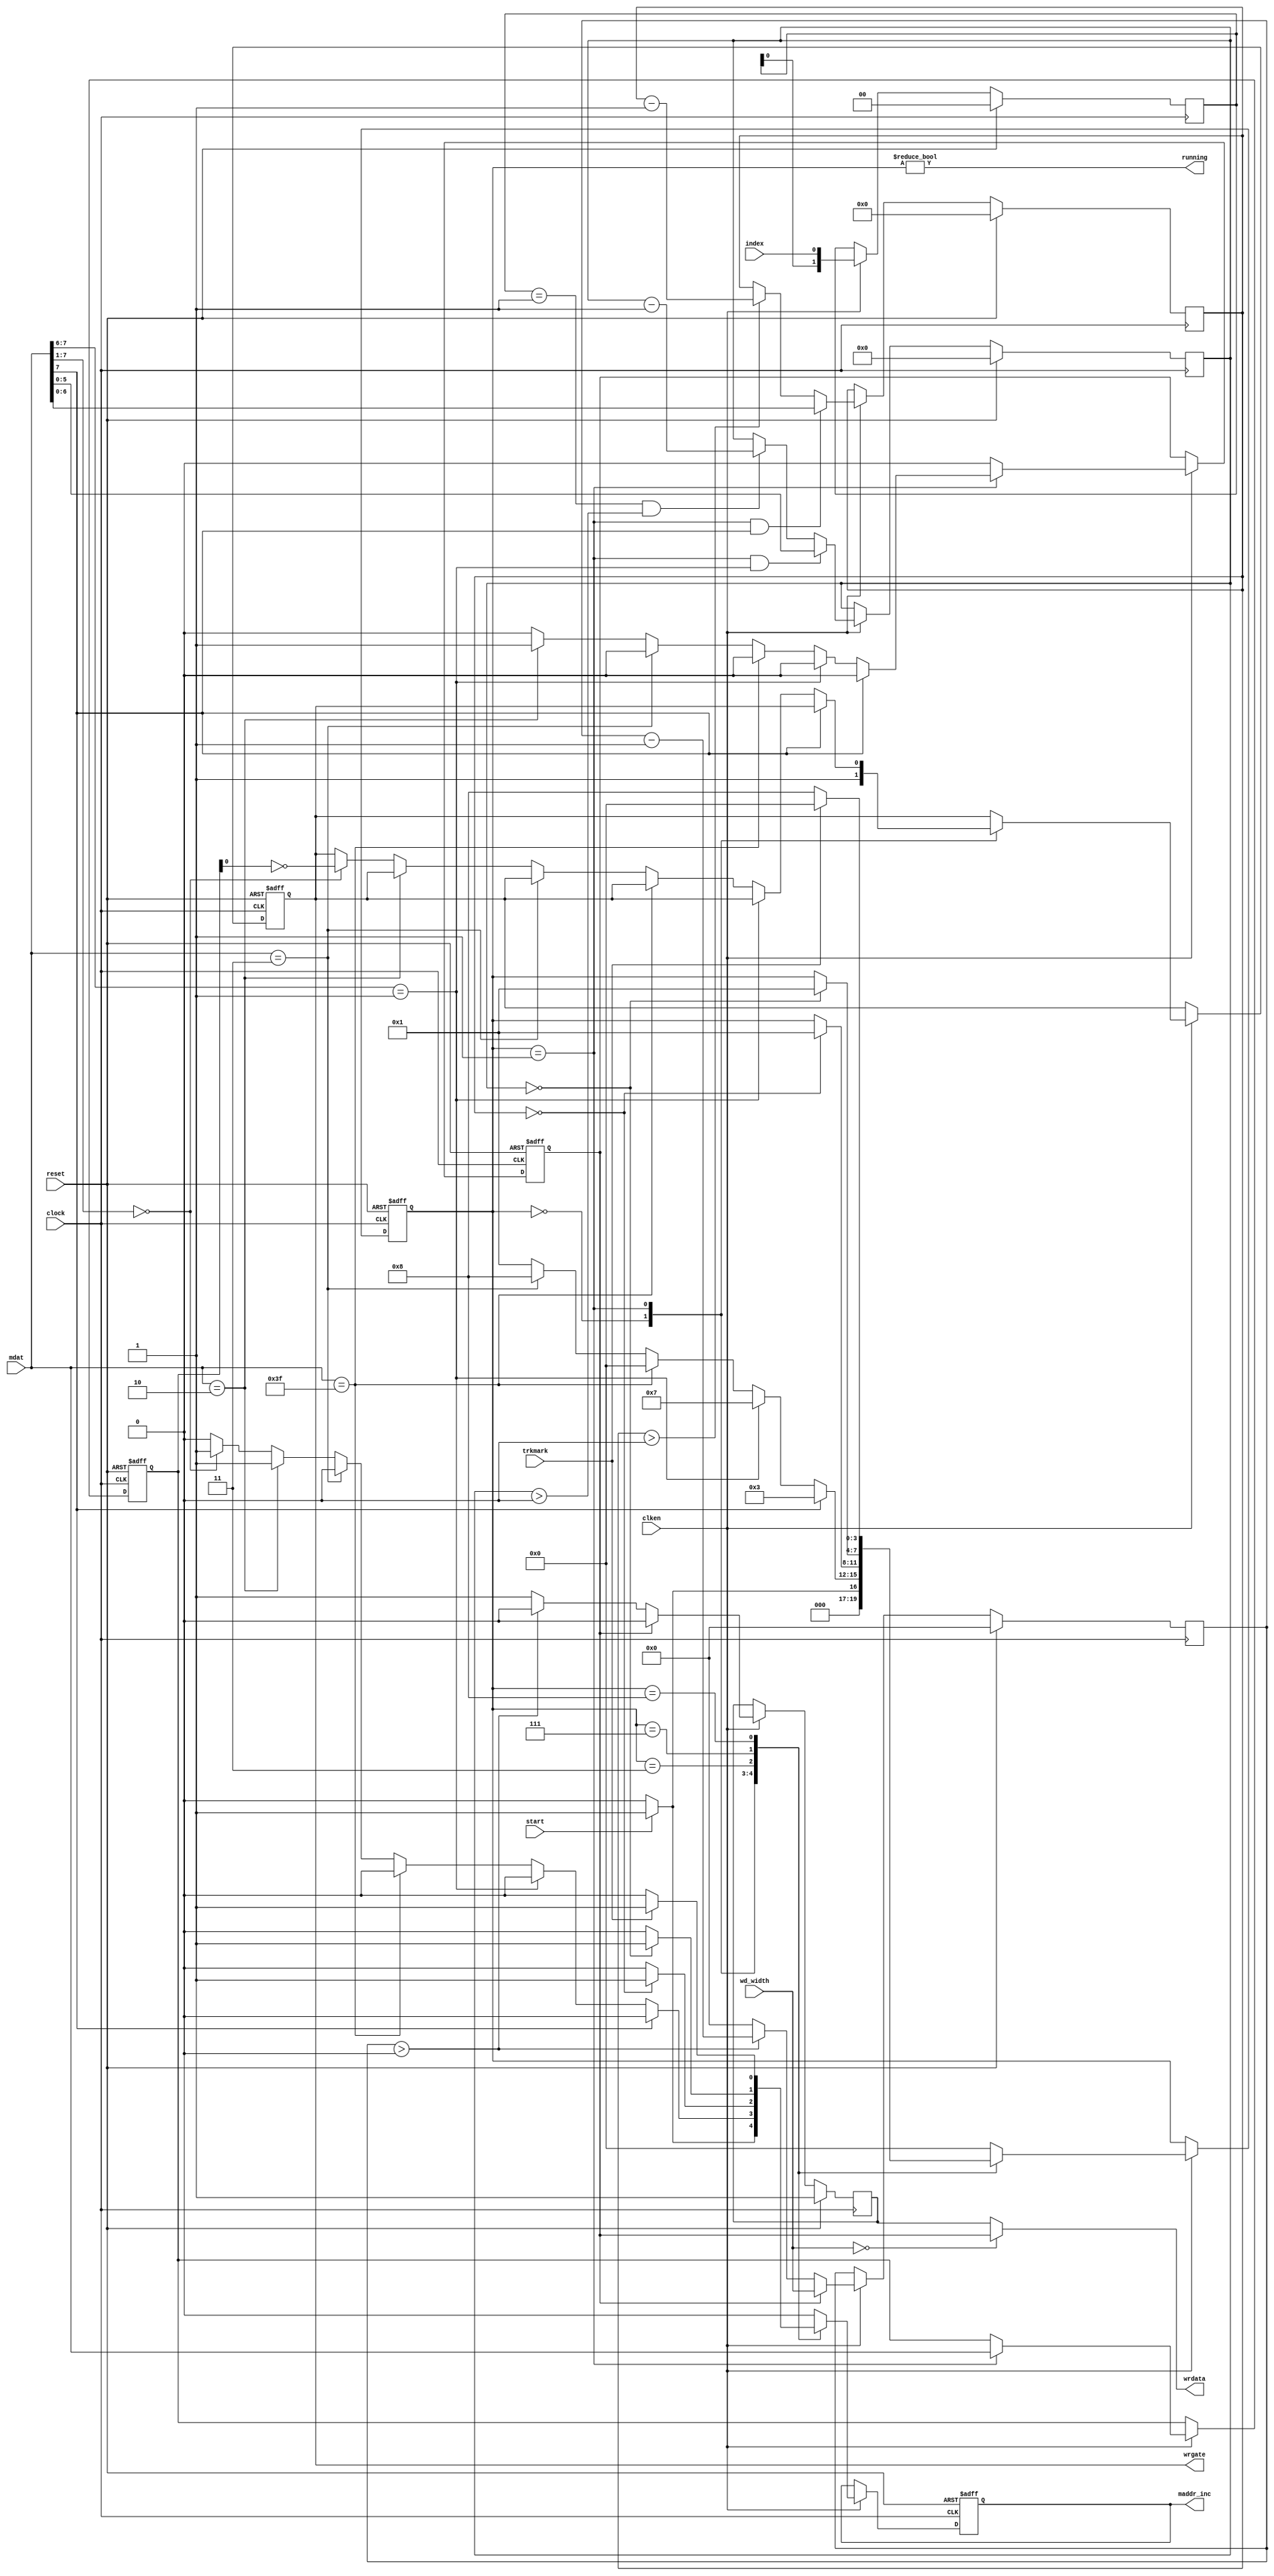
module DiscWriter(reset, clock, clken, mdat, maddr_inc, wrdata, wrgate, trkmark, index, start, running, wd_width);
	input							reset;		// state machine reset
	input							clock;		// master state machine clock
	input							clken;		// master state machine clock enable
	input				[7:0]		mdat;			// memory data in
	output	reg				maddr_inc;	// memory address increment
	output						wrdata;		// write data
	output	reg				wrgate;		// write gate
	input							trkmark;		// track mark detect input
	input							index;		// index pulse detect input
	input							start;		// START WRITE input
	output						running;		// write engine running
	input				[7:0]		wd_width;	// write data pulse width

	// write data input to pulse stretcher
	reg	wrdat_r;

	// current machine state
	reg	[3:0]	state;
	
	// latched copy of current instruction byte
	reg	[7:0]	cur_instr;
	
	// machine states
	parameter	ST_IDLE			=	4'd0;		// Idle state
	parameter	ST_LOOP			=	4'd1;		// Main loop
	parameter	ST_TIMERWAIT	=	4'd3;		// Timer wait
	parameter	ST_INDEXWAIT	=	4'd7;		// Wait for index pulse (#2)
	parameter	ST_WAITHSTM		=	4'd8;		// Wait for track mark

	// state machine logic
	always @(posedge clock or posedge reset) begin
		if (reset) begin
			// Reset pulse -- clear internal state
			state <= ST_IDLE;
			wrgate <= 1'b1;
			wrdat_r <= 1'b0;
			maddr_inc <= 1'b0;
			cur_instr <= 8'b0111_1111;		// STOP
		end else begin
			if (clken) begin
				// Clear any active write-data pulses or memory increments
				wrdat_r <= 1'b0;
				maddr_inc <= 1'b0;
				
				case (state)
					ST_IDLE:	begin
									// IDLE: State machine idle

									// Terminate write data pulse
									wrdat_r <= 1'b0;
									wrgate <= 1'b1;

									// stay in current state unless START=1
									if (start) begin
										// Start requested -- increment memory address and advance to the processing loop
										maddr_inc <= 1'b1;
										state <= ST_LOOP;
									end else begin
										state <= ST_IDLE;
									end
								end

					ST_LOOP: begin
									// LOOP: Main state machine loop
									
									// Latch current instruction
									cur_instr <= mdat;
									
									if (mdat[7] == 1'b1) begin
										// 0b1nnn_nnnn: TIMER LOAD n
										state <= ST_TIMERWAIT;
									end else
									if (mdat[7:6] == 2'b01) begin
										// 0b01nn_nnnn: WAIT n INDEX PULSES
										state <= ST_INDEXWAIT;
									end else
									if (mdat == 8'b0011_1111) begin
										// 0b0011_1111: STOP
										state <= ST_IDLE;
									end else
									if (mdat == 8'b0000_0011) begin
										// 0b0000_0011: WAIT HSTMD
										state <= ST_WAITHSTM;
									end else
									if (mdat == 8'b0000_0010) begin
										// 0b0000_0010: WRITE PULSE
										// Send a write strobe
										wrdat_r <= 1'b1;
										maddr_inc <= 1'b1;
										state <= ST_LOOP;
									end else
									if (mdat[7:1] == 7'b0000_000) begin
										// 0b0000_000n: SET WRITE GATE
										// Load write gate, increment PC and jump back to LOOP
										wrgate <= ~cur_instr[0];
										maddr_inc <= 1'b1;
										state <= ST_LOOP;
									end else begin
										// nothing happens if we don't recognise the command...
										state <= ST_LOOP;
									end
								end

					ST_TIMERWAIT: begin
							// TIMER state 1:
							// Wait for the timer to clear
							if (timerreg == 0) begin
								// Timer has hit zero. Increment the PC...
								maddr_inc <= 1'b1;
								// And go back to the LOOP state
								state <= ST_LOOP;
							end
						end

					ST_INDEXWAIT: begin
							// WAIT FOR N INDEX PULSES state 1
							// Wait for the index counter to clear
							if (indexcounter == 0) begin
								// Counter has cleared.
								// Increment the PC...
								maddr_inc <= 1;
								// And go back to the LOOP state
								state <= ST_LOOP;
							end
							// Else we just keep spinning here until the counter decrements
						end

					ST_WAITHSTM: begin
							// WAIT HARD SECTOR TRACK MARKER
							if (trkmark) begin
								maddr_inc <= 1;
								state <= ST_IDLE;
							end else begin
								state <= ST_WAITHSTM;
							end
						end

					default: begin
							// Fallback state
							state <= ST_IDLE;
						end
				endcase
			end
		end
	end

	// "RUNNING" output
	assign running = (state != ST_IDLE);

	// write timer logic
	reg	[6:0]	timerreg;
	always @(posedge clock) begin
		if (reset) begin
			// reset timer to zero
			timerreg <= 7'd0;
		end else if (clken) begin
			if ((state == ST_LOOP) && (mdat[7] == 1'b1)) begin
				// load timer from lowest 7 bits of current instruction
				timerreg <= mdat[6:0];
			end else begin
				// decrement timer register, unless it's already zero
				if (timerreg > 7'd0) begin
					timerreg <= timerreg - 7'd1;
				end
			end
		end
	end

	// index detector logic
	reg [1:0] indexdetect;
	always @(posedge clock) begin
		if (reset) begin
			// reset: clear index detector
			indexdetect <= 2'b00;
		end else begin
			if (clken) begin
				// shift in index bit
				indexdetect <= {indexdetect[0], index};
			end
		end
	end
	
	// index counter logic
	reg	[5:0]	indexcounter;
	always @(posedge clock) begin
		if (reset) begin
			// reset index counter to zero
			indexcounter <= 6'd0;
		end else if (clken) begin
			if ((state == ST_LOOP) && (mdat[7:6] == 2'b01)) begin
				// load counter from lowest 6 bits of current instruction byte
				indexcounter <= mdat[5:0];
			end else begin
				// when an index pulse occurs, decrement the counter
				// unless it's already =0, in which case, hold at zero.
				if ((indexdetect == 2'b01) && (indexcounter > 6'd0)) begin
					indexcounter <= indexcounter - 6'd1;
				end
			end
		end
	end
	
	// write pulse logic
	reg	[7:0]	writetimer;
	reg wrdata_stretched;
	always @(posedge clock) begin
		if (reset) begin
			writetimer <= 1'b0;
			wrdata_stretched <= 1'b1;
		end else if (clken) begin
			if (wrdat_r == 1'b1) begin
				writetimer <= wd_width;		// Typically 60 = 600ns
				wrdata_stretched <= 1'b0;
			end else if (writetimer > 1'b0) begin
				writetimer <= writetimer - 1'b1;
				wrdata_stretched <= 1'b0;
			end else begin
				writetimer <= 1'b0;
				wrdata_stretched <= 1'b1;
			end
		end
	end
	
	// If write pulse width is zero, pass the write pulse straight through
	// Otherwise stretch it
	assign wrdata = (wd_width == 'd0) ? wrdat_r : wrdata_stretched;

endmodule